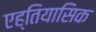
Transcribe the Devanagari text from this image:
एह्तियासिक